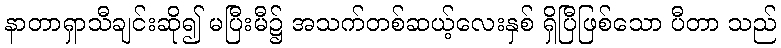
နာတာရှာသီချင်းဆို၍ မပြီးမီ၌ အသက်တစ်ဆယ့်လေးနှစ် ရှိပြီဖြစ်သော ပီတာ သည်